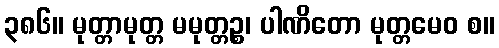
၃၈၆။ မုတ္တာမုတ္တ မမုတ္တဉ္စ၊ ပါဏိတော မုတ္တမေဝ စ။